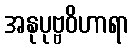
အနုပုဗ္ဗဝိဟာရာ